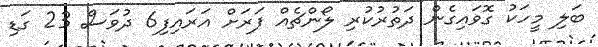
ބަލި މީހަކު ގޮވައިގެން ދަތުރުކުރި ލޯންޗެއް ފަރަށް އަރައިފި6 ދުވަސް 23 ގަޑި